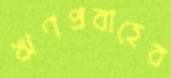
ঋণপ্রবাহের